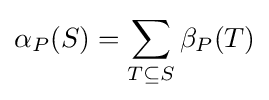
\alpha _{P}(S)=\sum _{T\subseteq S}\beta _{P}(T)